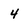
Character: 4